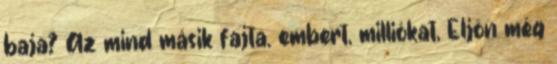
baja? Az mind másik fajta. embert, milliókat, Eljön még